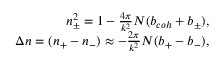
\begin{array} { r } { n _ { \pm } ^ { 2 } = 1 - { \frac { 4 \pi } { k ^ { 2 } } } N ( b _ { c o h } + b _ { \pm } ) , } \\ { \Delta n = ( n _ { + } - n _ { - } ) \approx - { \frac { 2 \pi } { k ^ { 2 } } } N ( b _ { + } - b _ { - } ) , } \end{array}